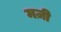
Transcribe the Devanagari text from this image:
मज़ी